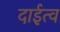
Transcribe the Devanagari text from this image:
दाईत्व